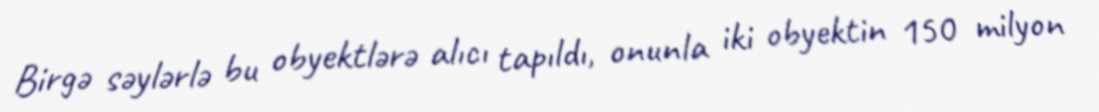
Birgə səylərlə bu obyektlərə alıcı tapıldı, onunla iki obyektin 150 milyon